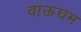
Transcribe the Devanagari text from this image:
वाऊघम